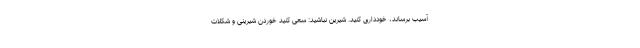
آسیب برساند، خودداری کنید. شیرین نباشید: سعی کنید خوردن شیرینی و شکلات